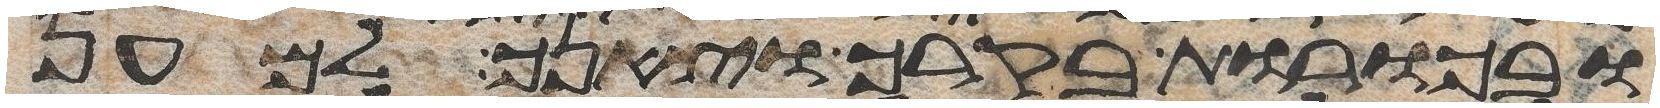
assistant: ובכורת בקרך וצאנך למען